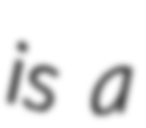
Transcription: is a